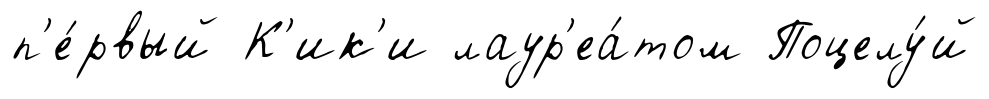
п'е́рвый К'ик'и лаур'еа́том Поцелу́й